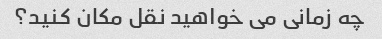
چه زمانی می خواهید نقل مکان کنید؟